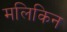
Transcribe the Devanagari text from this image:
मलिकिन